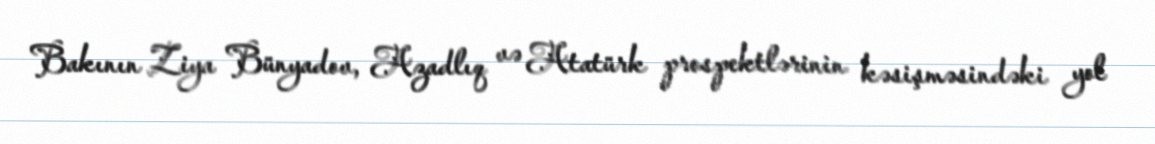
Bakının Ziya Bünyadov, Azadlıq və Atatürk prospektlərinin kəsişməsindəki yol